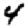
Digit: 4